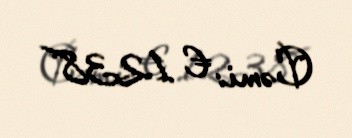
Cəmi: € 1238